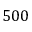
5 0 0